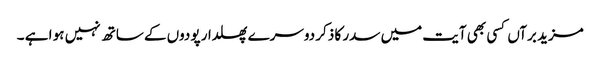
مزید برآں کسی بھی آیت میں سدر کا ذکر دوسرے پھلدار پودوں کے ساتھ نہیں ہو ا ہے ۔